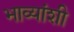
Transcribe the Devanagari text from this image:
भाव्यांशी